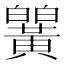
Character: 𬹒